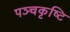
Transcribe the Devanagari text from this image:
पञ्चकृष्टि